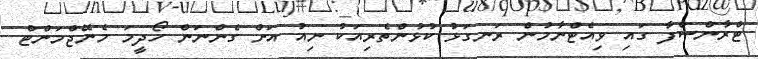
ޓްރާންސްފާ ގައި ވިއެޓްނާމުން ރަނގަޅު ކުޅުންތެރިއަކު ނިއު އަށް ގެންނަން ހޯދީމަ މެނޭޖްމަންޓް